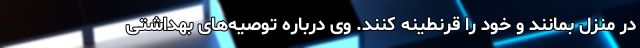
در منزل بمانند و خود را قرنطینه کنند. وی درباره توصیه‌های بهداشتی